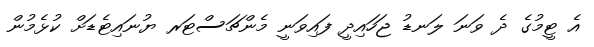
އެ ޓީމުގެ ދެ ވަނަ ލަނޑު ޖަހައިދީ ފައިވަނީ މެންޗަސްޓަރ ޔުނައިޓެޑަށް ކުޅެމުން